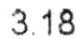
3.18